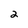
Character: 2